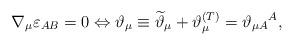
LaTeX: \begin{align*}\nabla _{\mu }\varepsilon _{AB}=0\Leftrightarrow \vartheta _{\mu }\equiv \widetilde{\vartheta }_{\mu }+\vartheta _{\mu }^{{\footnotesize (T)}}=\vartheta _{\mu A}{}^{A}, \end{align*}